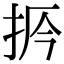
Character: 𢫲